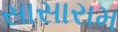
સાસારામ